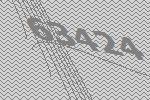
63424